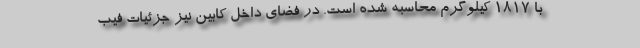
با 1817 کیلوگرم محاسبه شده است. در فضای داخل کابین نیز جزئیات فیب